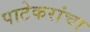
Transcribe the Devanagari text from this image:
पाटेकरांचा